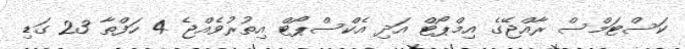
ކަސްޓަމްސް ރާއްޖޭގެ އިމްޕޯޓް އަދި އެކްސްޕޯޓް އިތުރުވެއްޖެ 4 ހަފްތާ 23 ގަޑި